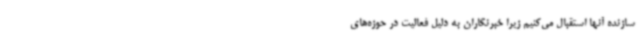
سازنده آنها استقبال می‌کنیم زیرا خبرنگاران به دلیل فعالیت در حوزه‌های